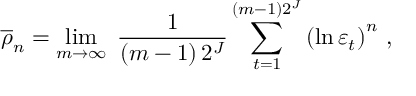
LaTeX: \overline { { { \rho } } } _ { n } = \operatorname * { l i m } _ { m \rightarrow \infty } \; { \frac { 1 } { ( m - 1 ) \, 2 ^ { J } } } \sum _ { t = 1 } ^ { ( m - 1 ) 2 ^ { J } } \left( \ln \varepsilon _ { t } \right) ^ { n } \, ,